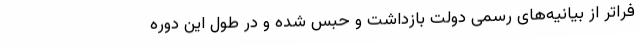
فراتر از بیانیه‌های رسمی دولت بازداشت و حبس شده و در طول این دوره